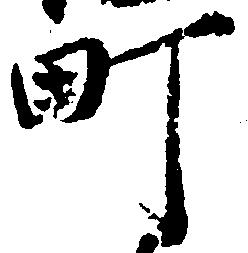
町